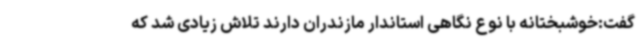
گفت:خوشبختانه با نوع نگاهی استاندار مازندران دارند تلاش زیادی شد که